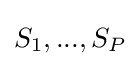
S_{1},...,S_{P}